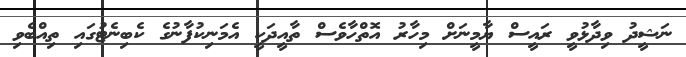
ނަޝީދު ވިދާޅުވީ ރައީސް ޔާމީނަށް މިހާރު އޮތްހާވެސް ތާއީދަކީ އެމަނިކުފާނުގެ ކެބިނެޓުގައި ތިއްބެވި